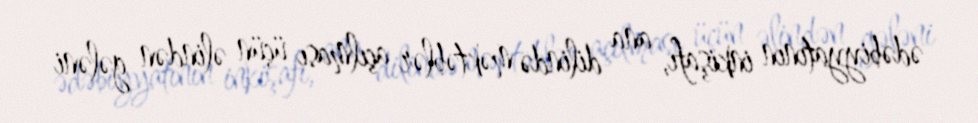
ədəbiyyatının inkişafı, ana dilində məktəblər açılması üçün əlindən gələni